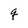
Character: q